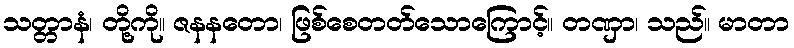
သတ္တာနံ၊ တို့ကို။ ဇနနတော၊ ဖြစ်စေတတ်သောကြောင့်။ တဏှာ၊ သည်။ မာတာ